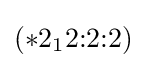
(*2_{1}2{:}2{:}2)